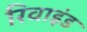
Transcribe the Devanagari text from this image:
रिवाइंड